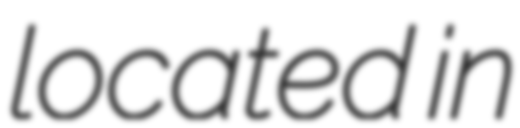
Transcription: located in